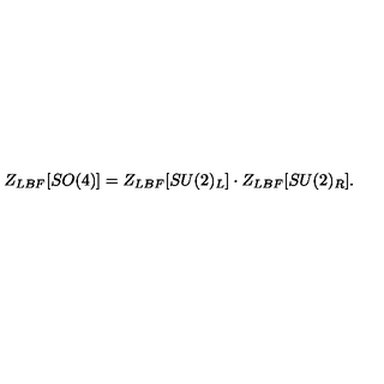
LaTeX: Z _ { L B F } [ S O ( 4 ) ] = Z _ { L B F } [ S U ( 2 ) _ { L } ] \cdot Z _ { L B F } [ S U ( 2 ) _ { R } ] . \nonumber